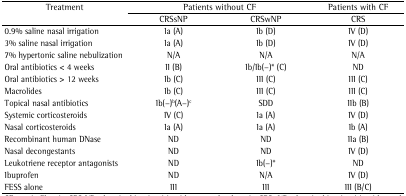
| Treatment | <COLSPAN=2> Patients without CF | Patients with CF |
 |  | CRSsNP | CRSwNP | CRS |
 | --- | --- | --- | --- |
 | 0.9% saline nasal irrigation | Ia (A) | Ib (D) | IV (D) |
 | 3% saline nasal irrigation | Ia (A) | Ib (D) | IV (D) |
 | 7% hypertonic saline nebulization | N/A | N/A | N/A |
 | Oral antibiotics < 4 weeks | II (B) | Ib/Ib(−)* (C) | ND |
 | Oral antibiotics > 12 weeks | Ib (C) | III (C) | III (C) |
 | Macrolides | Ib (C) | III (C) | III (C) |
 | Topical nasal antibiotics | Ib(−)b(A−)c | SDD | IIb (B) |
 | Systemic corticosteroids | IV (C) | Ia (A) | IV (D) |
 | Nasal corticosteroids | Ia (A) | Ia (A) | Ib (A) |
 | Recombinant human DNase | ND | ND | IIa (B) |
 | Nasal decongestants | ND | ND | IV (D) |
 | Leukotriene receptor antagonists | ND | Ib(−)* | ND |
 | Ibuprofen | ND | N/A | IV (D) |
 | FESS alone | III | III | III (B/C) |